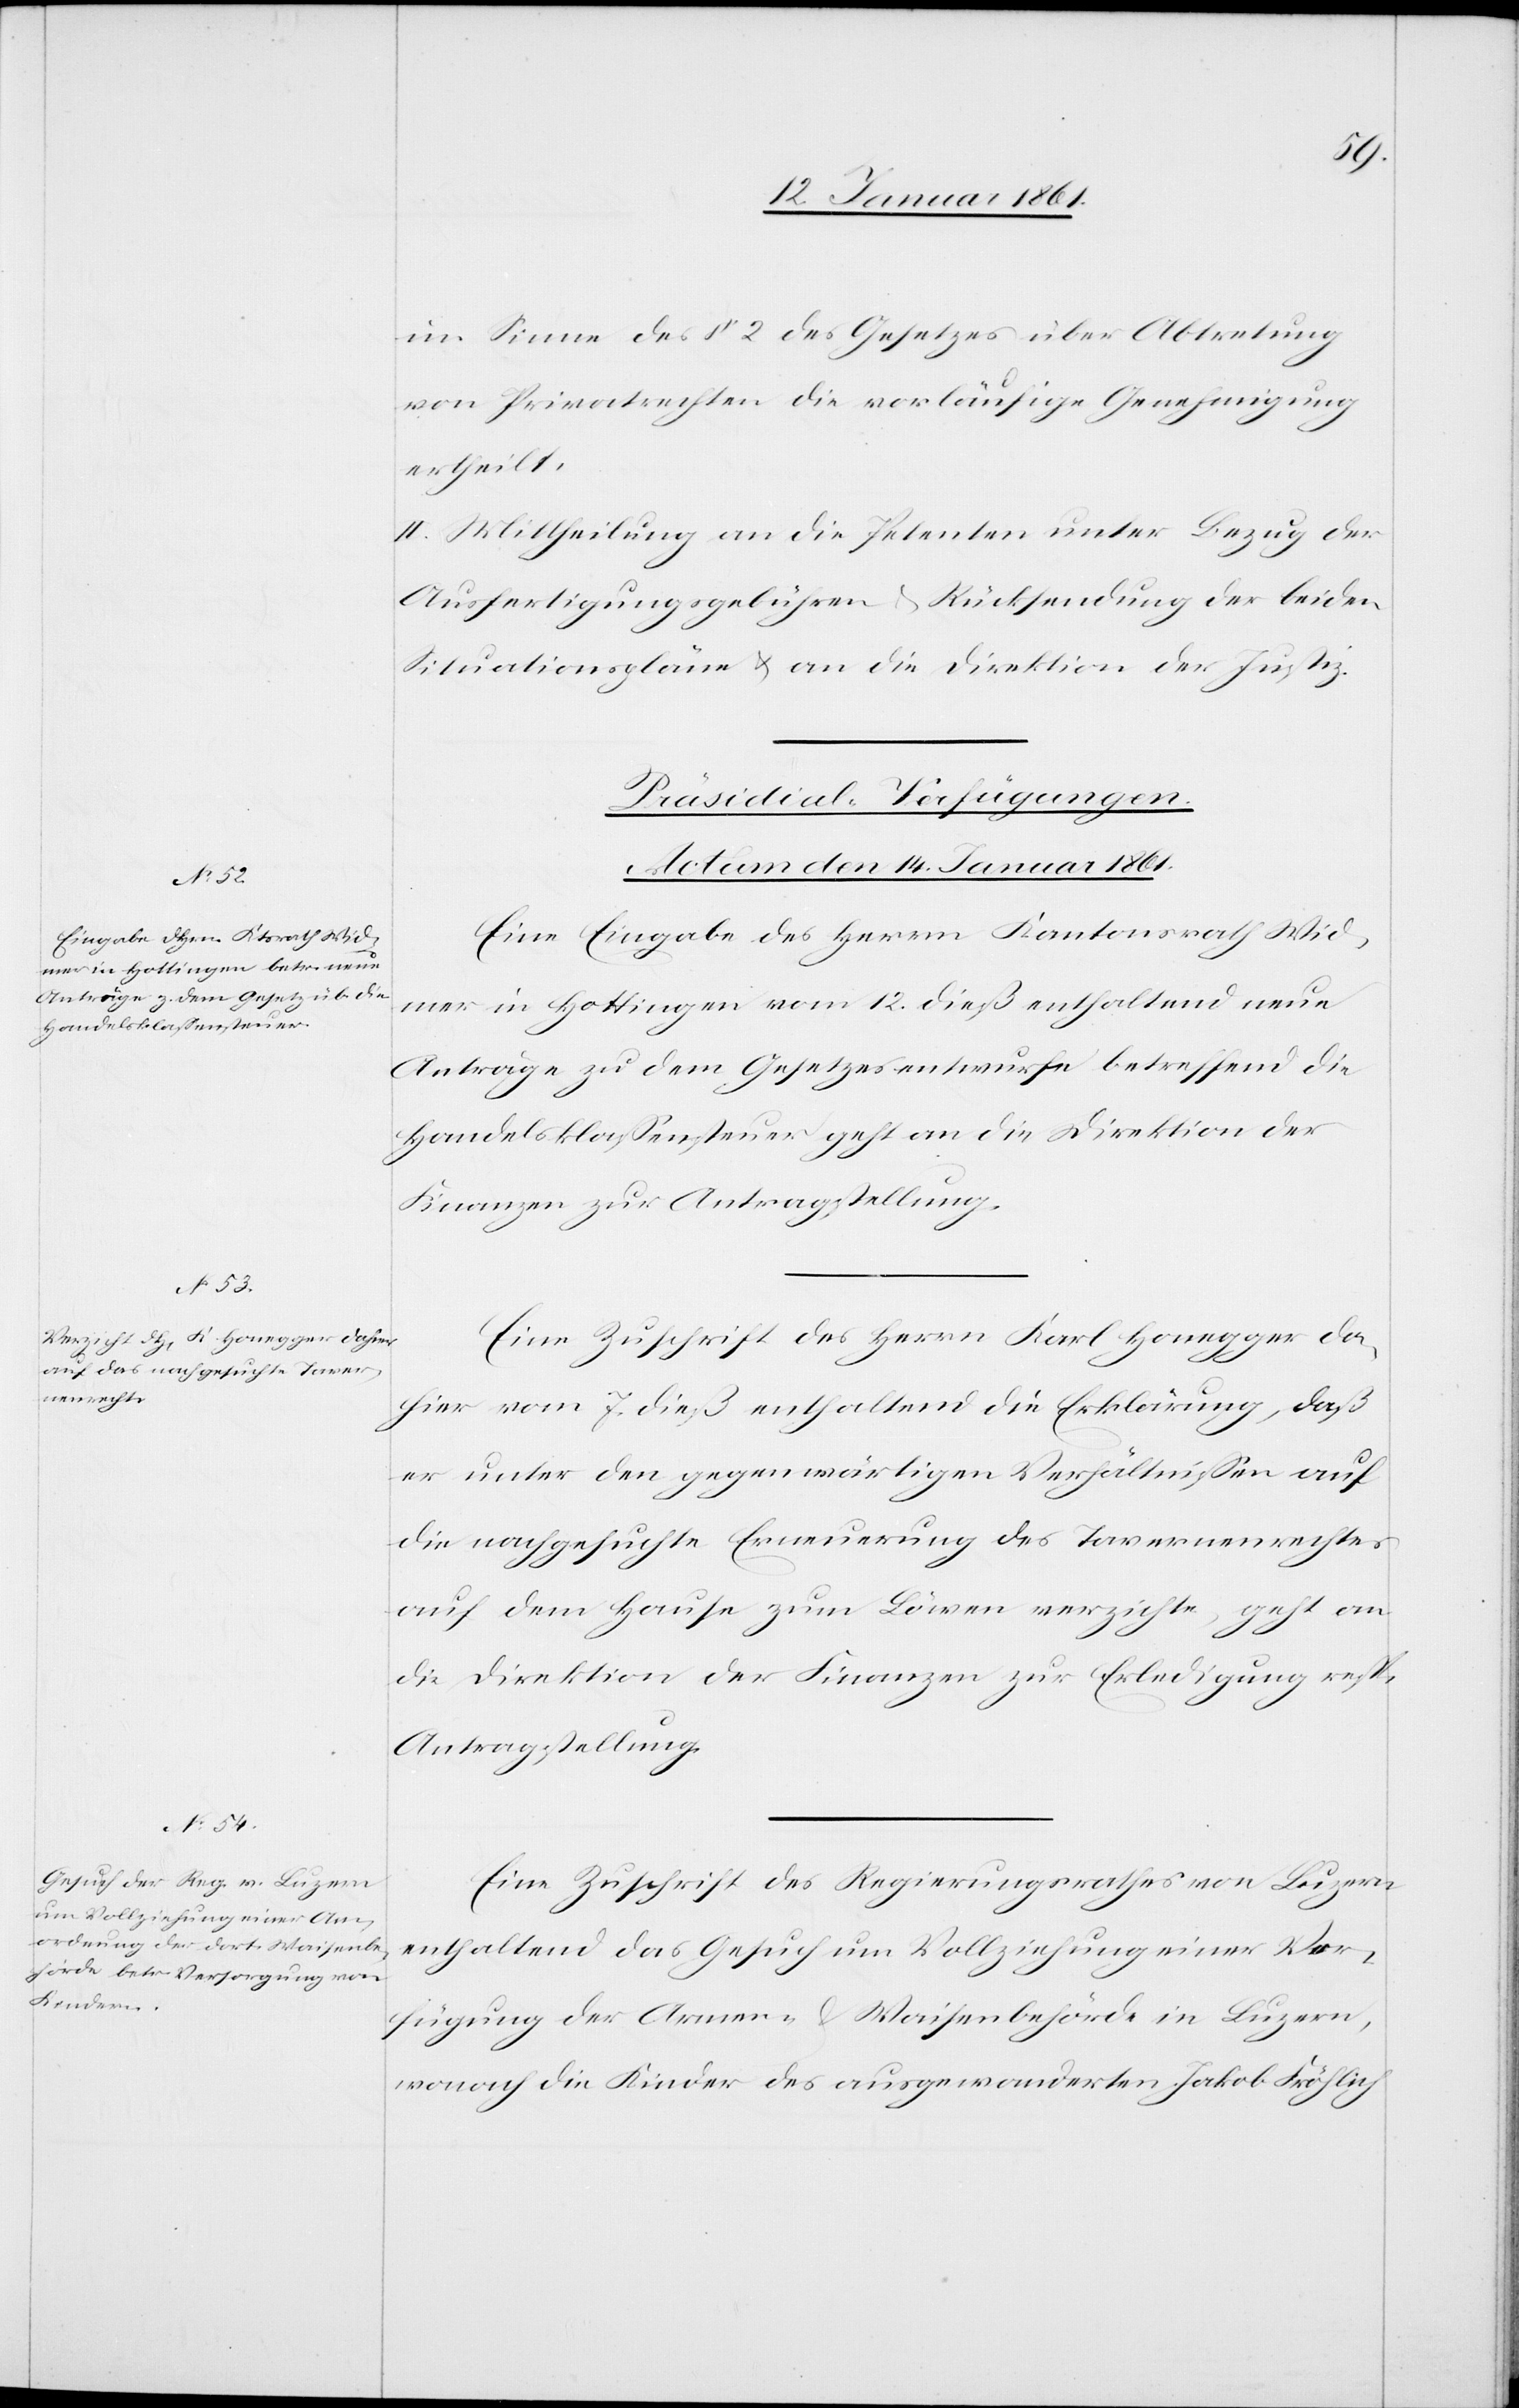
im Sinne des §. 2 des Gesetzes über Abtretung
von Privatrechten die vorläufige Genehmigung
ertheilt.
II. Mittheilung an die Petenten unter Bezug der
Ausfertigungsgebühren u. Rücksendung der beiden
Situationspläne u. an die Direktion der Justiz.
[Präsidial-Verfügungen.
Actum den 14. Januar 1861.]
Eine Eingabe des Herrn Kantonsrath Wid¬
mer in Hottingen vom 12. dieß enthaltend neue
Anträge zu dem Gesetzesentwurfe betreffend die
Handelsklassensteuer geht an die Direktion der
Finanzen zur Antragstellung.
Eine Zuschrift des Herrn Karl Honegger da¬
hier vom 7. dieß enthaltend die Erklärung, daß
er unter den gegenwärtigen Verhältnissen auf
die nachgesuchte Erneuerung des Tavernenrechtes
auf dem Hause zum Löwen verzichte, geht an
die Direktion der Finanzen zur Erledigung resp.
Antragstellung.
Eine Zuschrift des Regierungsrathes von Luzern
enthaltend das Gesuch um Vollziehung einer Ver¬
fügung der Armen- u. Waisenbehörde in Luzern,
wonach die Kinder des ausgewanderten Jakob Fröhlich